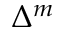
\Delta ^ { m }